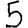
Digit: 5